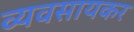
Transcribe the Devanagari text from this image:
व्यवसायकर